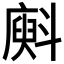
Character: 𱡨